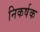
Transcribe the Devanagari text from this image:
निकर्षक